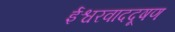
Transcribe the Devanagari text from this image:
ईश्वरवाददूषण